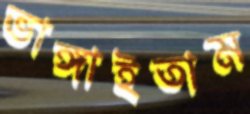
ভাঙ্গাইতাম